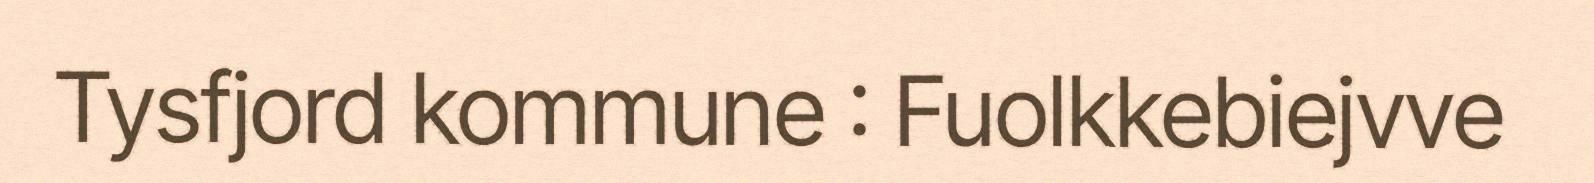
Tysfjord kommune : Fuolkkebiejvve